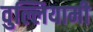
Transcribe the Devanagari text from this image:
वुल्लियामी